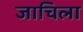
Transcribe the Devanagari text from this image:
जाचिला